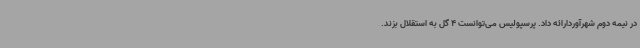
در نیمه دوم شهرآوردارائه داد. پرسپولیس می‌توانست 4 گل به استقلال بزند.